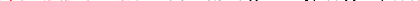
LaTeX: \smash{\ensuremath{\mathrm{\ textsl{v}}_{0}}\equiv\sqrt{k_{B}T/m}}